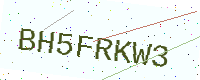
Text: BH5FRKW3